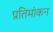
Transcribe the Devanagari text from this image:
प्रतिमांकन